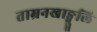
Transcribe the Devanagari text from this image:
ताम्रनखाङ्गुलि